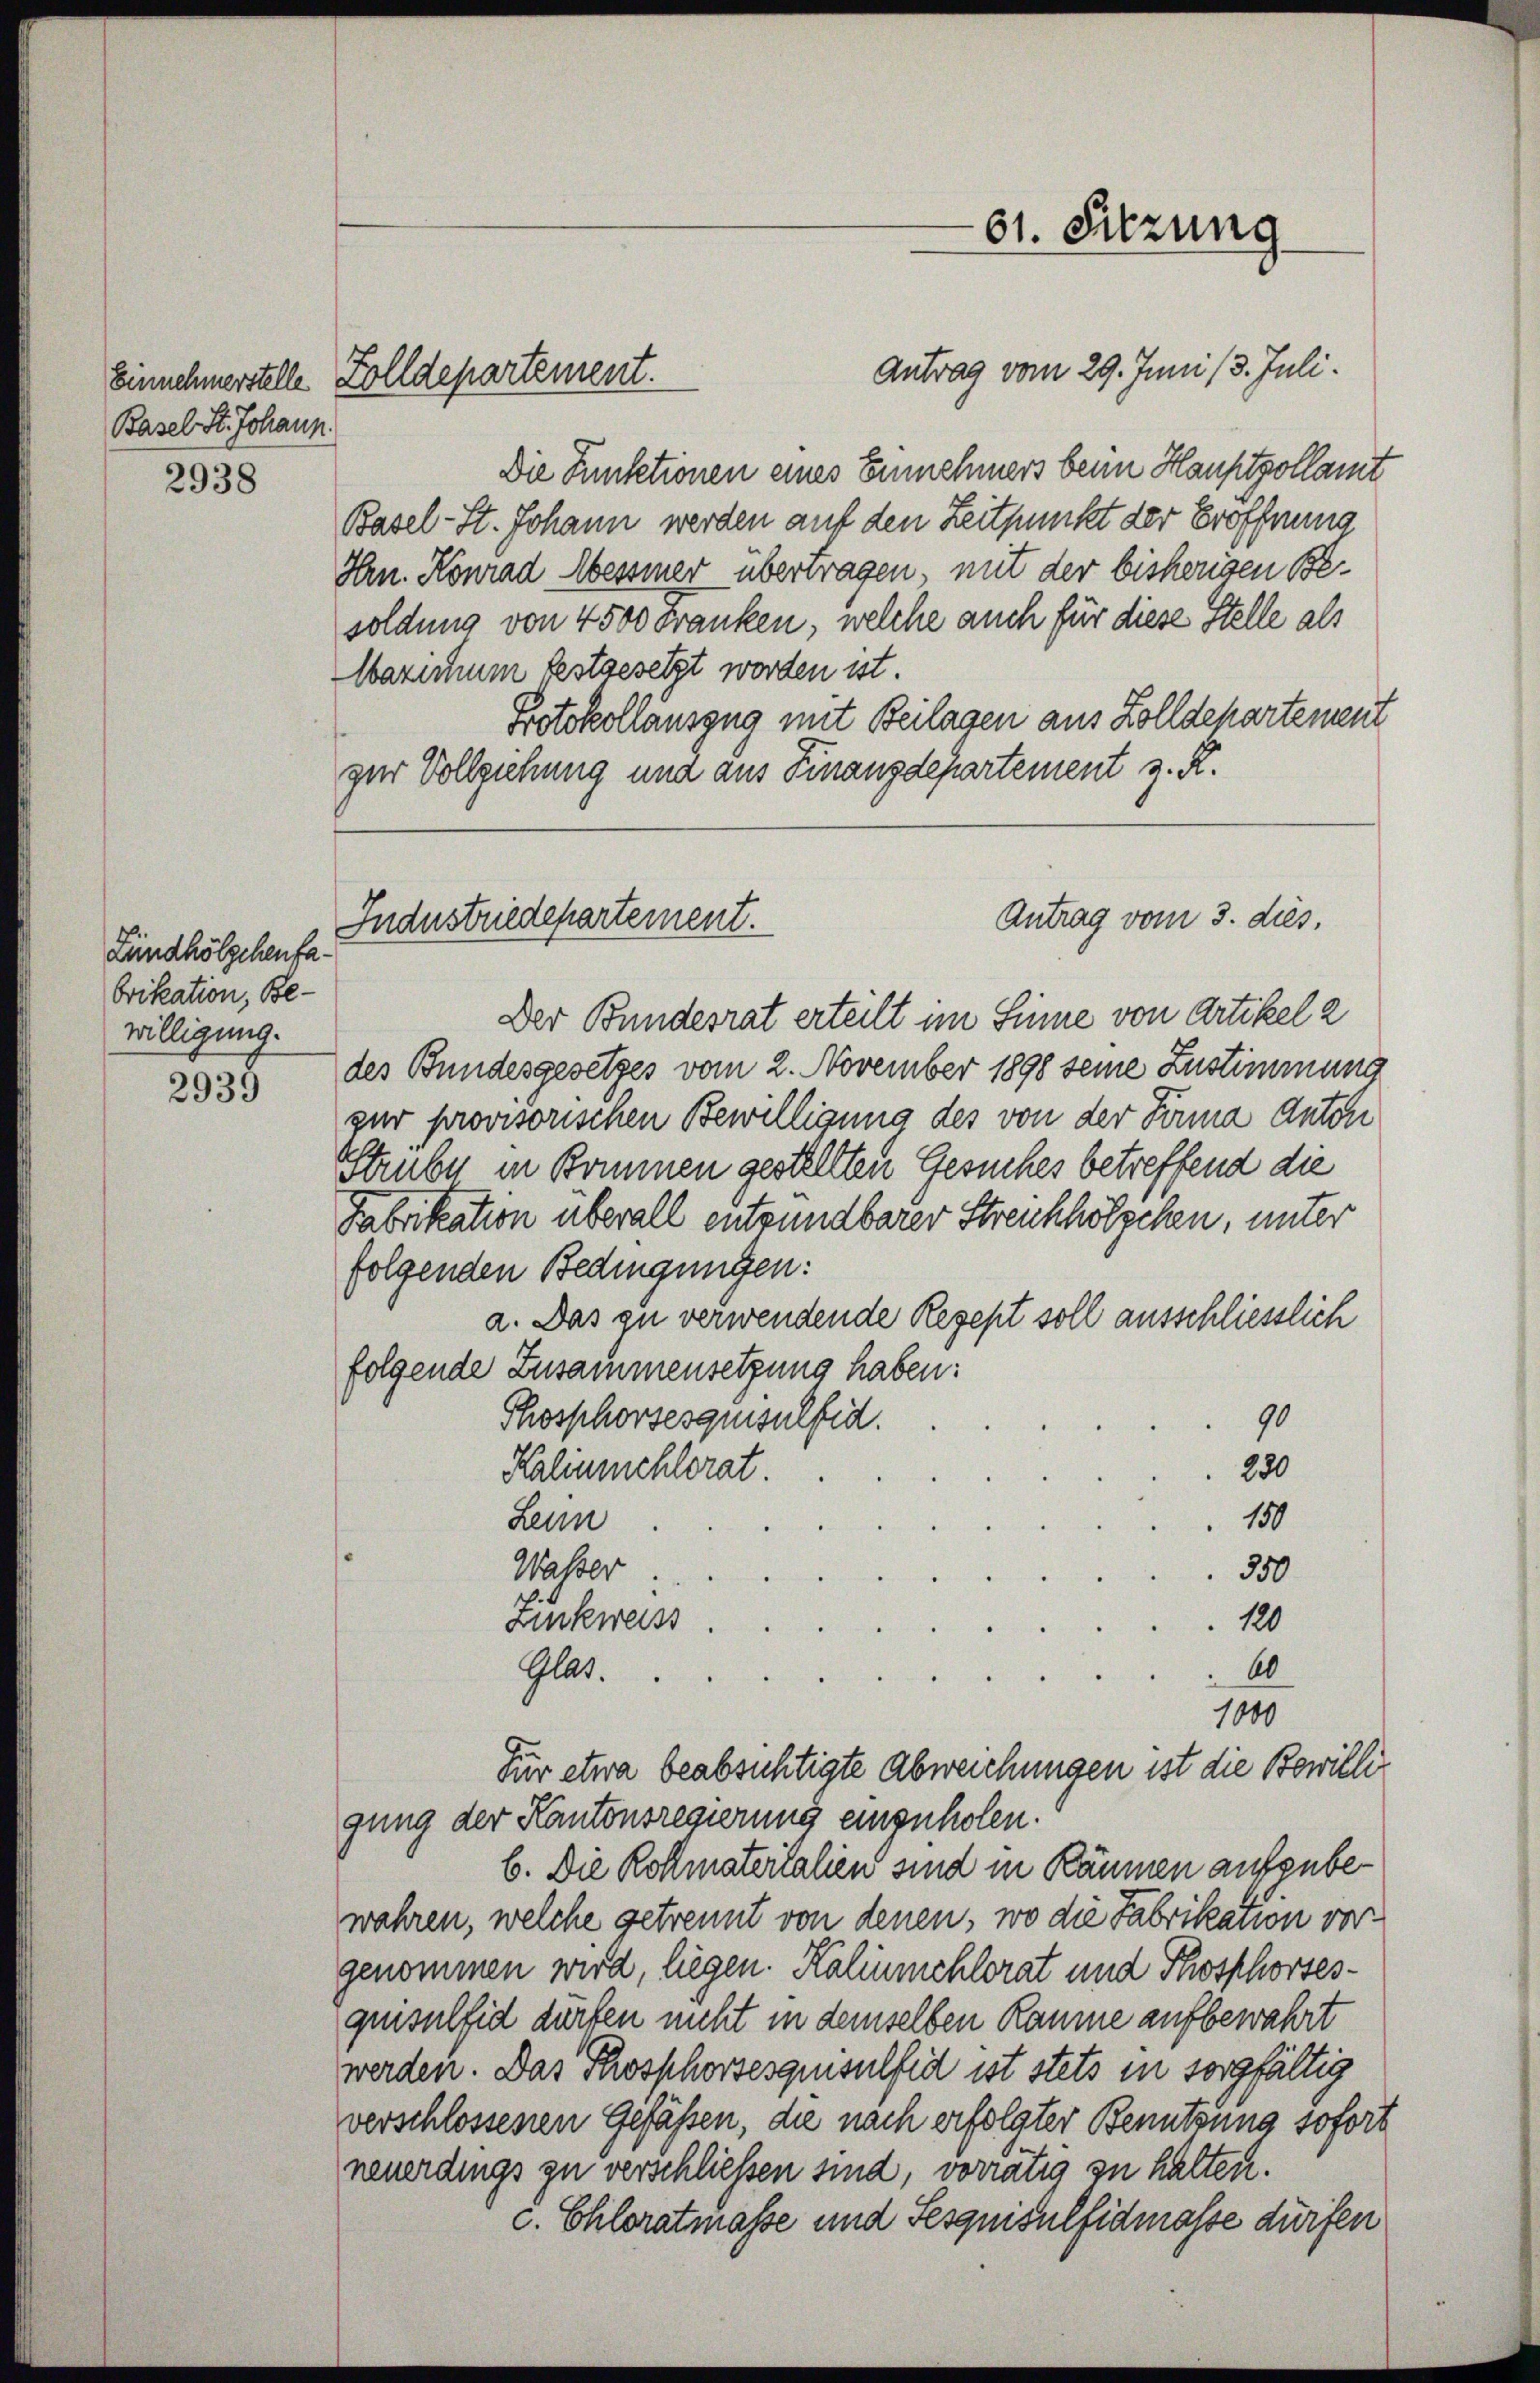
Basel St. Johann.

2938

Lündhölzchenfabrikation, Be-
willigung.

2939

Antrag vom 29. Juni 13. Juli.
Die Funktionen eines Einnehmers beim Hauptzollamt
Basel-St. Johann werden auf den Zeitpunkt der Eröffnung
Hrn. Konrad Messiner überwagen, mit der bisherigen Besoldung von 4500 Franken, welche auch für diese Stelle als
Wazicum festgesetzt worden ist.
Protokollauszug mit Beilagen aus Zolldepartement
zur Vollziehung und aus Finanzdepartement z. R.

Einnehmerstelle Zolldepartement.

Industriedepartement.

Der Bundesrat erteilt im Sinne von Artikel 2
des Bundesgesetzes vom 2. November 1898 seine Zustimmung
gur provisorischen Bewilligung des von der Firma anton
Strube in Kommen gestellten Gesuches betreffend die
Fabrikation überall entwendbarer Streichhölzchen, unter
folgenden Bedingungen:
a. Das zu verwendende Rezept soll ausschliesslich
folgende Zusammensetzung haben:
90
Phosphorsesquisulfid.
280
Kalinmchlerat.
150
Lei
Wasser
350
120
Zickweiss
60
Glas.
1000
Für etwa beabsichtigte Abweichungen ist die Bewilligung der Kantonsregierung einzuholen.
b. Die Kollmaterialien sind in Räumen aufzubewahren, welche getrennt von denen, wo die Fabrikation vorgenommen wird, liegen. Kaliumchlorat und Thosphortesquisulfid dürfen nicht in demselben Räume aufbewahrt
werden. Das Phosphorsesquisulfed ist stets in sorgfältig
verschlossenen Gefässen, die nach erfolgter Benutzung sofort
neuerdings zu verschliessen sind, vorrätig zu halten.
c. Chloratmasse und Sesquisulfidmasse dürfen

61. Sitzung

Antrag vom 3. dies